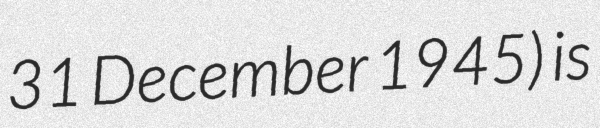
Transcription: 31 December 1945) is